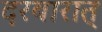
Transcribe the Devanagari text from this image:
दरबारात्